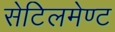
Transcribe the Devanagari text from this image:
सेटिलमेण्ट